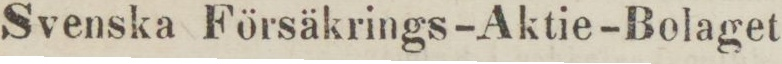
Svenska Försäkrings-Aktie-Bolaget